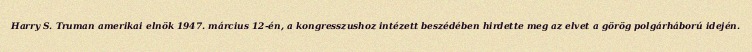
Harry S. Truman amerikai elnök 1947. március 12-én, a kongresszushoz intézett beszédében hirdette meg az elvet a görög polgárháború idején.